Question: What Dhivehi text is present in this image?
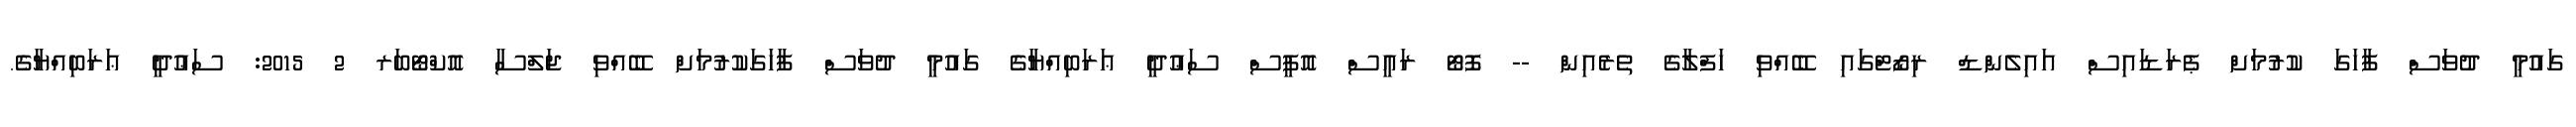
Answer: ގައުމީ ދުވަސް ފާހަގަ ކުރުމަށް ޕެރަޑައިސް އައިލެންޑް ރިޒޯޓްގައި ބޭއްވި ހަފްލާގެ ތެރެއިން -- ފޮޓޯ ރައީސް އޮފީސް ސަޢުދީ ޢަރަބިއްޔާގެ ގައުމީ ދުވަސް ފާހަގަކުރުމަށް ބޭއްވި ޖަލްސާ އޮކްޓޯބަރ 2 2015: ސަޢުދީ ޢަރަބިއްޔާގެ.